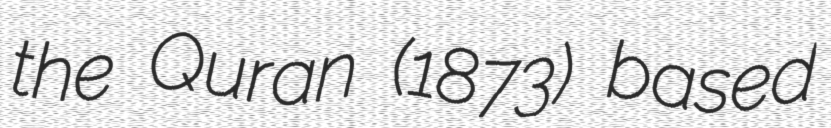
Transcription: the Quran (1873) based